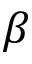
\beta